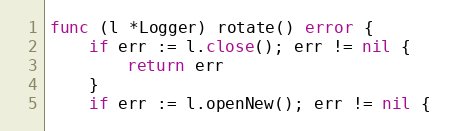
Language: Go
func (l *Logger) rotate() error {
	if err := l.close(); err != nil {
		return err
	}
	if err := l.openNew(); err != nil {